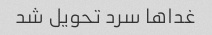
غداها سرد تحویل شد